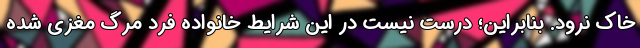
خاک نرود. بنابراین؛ درست نیست در این شرایط خانواده فرد مرگ مغزی شده